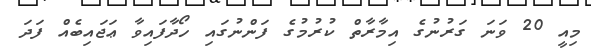
މިއީ 20 ވަނަ ގަރުނުގެ އިމާރާތް ކުރުމުގެ ފަންނުގައި ހޯދާފައިވާ ޢަޖައިބެއް ފަދަ